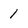
Character: 1